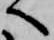
へ